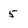
Character: 5